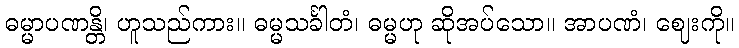
ဓမ္မာပဏန္တိ၊ ဟူသည်ကား။ ဓမ္မသင်္ခါတံ၊ ဓမ္မဟု ဆိုအပ်သော။ အာပဏံ၊ ဈေးကို။